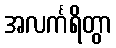
အလင်္ကရိတွာ